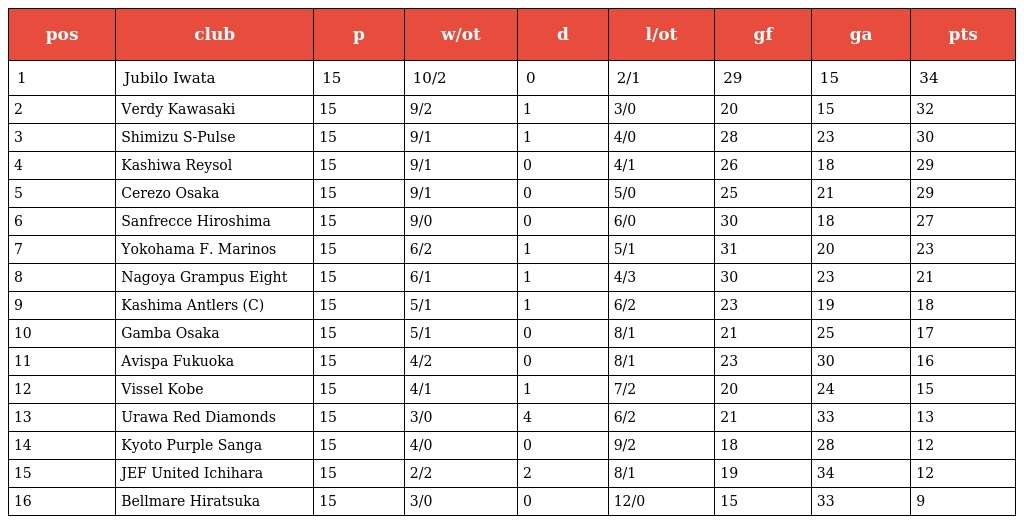
| pos | club | p | w/ot | d | l/ot | gf | ga | pts |
 | --- | --- | --- | --- | --- | --- | --- | --- | --- |
 | 1 | Jubilo Iwata | 15 | 10/2 | 0 | 2/1 | 29 | 15 | 34 |
 | 2 | Verdy Kawasaki | 15 | 9/2 | 1 | 3/0 | 20 | 15 | 32 |
 | 3 | Shimizu S-Pulse | 15 | 9/1 | 1 | 4/0 | 28 | 23 | 30 |
 | 4 | Kashiwa Reysol | 15 | 9/1 | 0 | 4/1 | 26 | 18 | 29 |
 | 5 | Cerezo Osaka | 15 | 9/1 | 0 | 5/0 | 25 | 21 | 29 |
 | 6 | Sanfrecce Hiroshima | 15 | 9/0 | 0 | 6/0 | 30 | 18 | 27 |
 | 7 | Yokohama F. Marinos | 15 | 6/2 | 1 | 5/1 | 31 | 20 | 23 |
 | 8 | Nagoya Grampus Eight | 15 | 6/1 | 1 | 4/3 | 30 | 23 | 21 |
 | 9 | Kashima Antlers (C) | 15 | 5/1 | 1 | 6/2 | 23 | 19 | 18 |
 | 10 | Gamba Osaka | 15 | 5/1 | 0 | 8/1 | 21 | 25 | 17 |
 | 11 | Avispa Fukuoka | 15 | 4/2 | 0 | 8/1 | 23 | 30 | 16 |
 | 12 | Vissel Kobe | 15 | 4/1 | 1 | 7/2 | 20 | 24 | 15 |
 | 13 | Urawa Red Diamonds | 15 | 3/0 | 4 | 6/2 | 21 | 33 | 13 |
 | 14 | Kyoto Purple Sanga | 15 | 4/0 | 0 | 9/2 | 18 | 28 | 12 |
 | 15 | JEF United Ichihara | 15 | 2/2 | 2 | 8/1 | 19 | 34 | 12 |
 | 16 | Bellmare Hiratsuka | 15 | 3/0 | 0 | 12/0 | 15 | 33 | 9 |